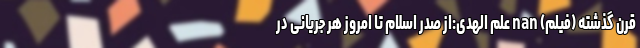
قرن گذشته (فیلم) nan علم الهدی:از صدر اسلام تا امروز هر جریانی در